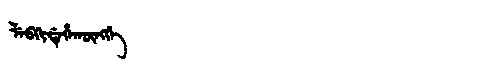
Manchu: ᠯᡝᠪᡴᡳᡩᡝᡥᠠᡴᡡᠩᡤᡝ
Romanization: LEBKIDEHAKŪNGGE